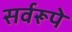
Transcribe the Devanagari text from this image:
सर्वरूपे